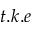
t . k . e